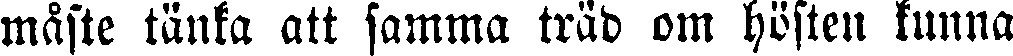
måste tänka att samma träd om hösten kunna